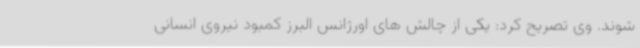
شوند. وی تصریح کرد: یکی از چالش های اورژانس البرز کمبود نیروی انسانی